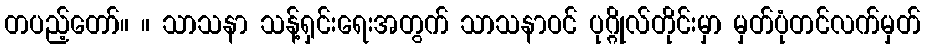
တပည့်တော်။ ။ သာသနာ သန့်ရှင်းရေးအတွက် သာသနာဝင် ပုဂ္ဂိုလ်တိုင်းမှာ မှတ်ပုံတင်လက်မှတ်